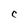
Character: C